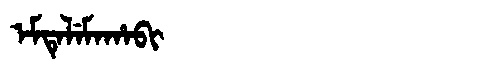
Manchu: ᡝᠮᡨᡝᠯᡝᠮᠠᡥᠠᠪᡳ
Romanization: EMTELEMAHABI